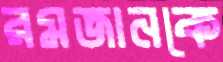
রমজানকে